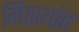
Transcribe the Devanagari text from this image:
मिठायांत